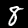
Digit: 8